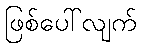
ဖြစ်ပေါ်လျက်